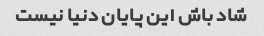
شاد باش این پایان دنیا نیست